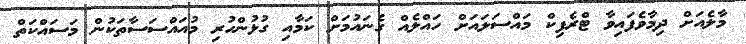
މާލެއަށް ދިމާވެފައިވާ ޓްރެފިކް މައްސަލައަށް ހައްލެއް ގެނައުމަށް ކަމާއި ގުޅުންހުރި މުއައްސަސާތަކުން މަސައްކަތް